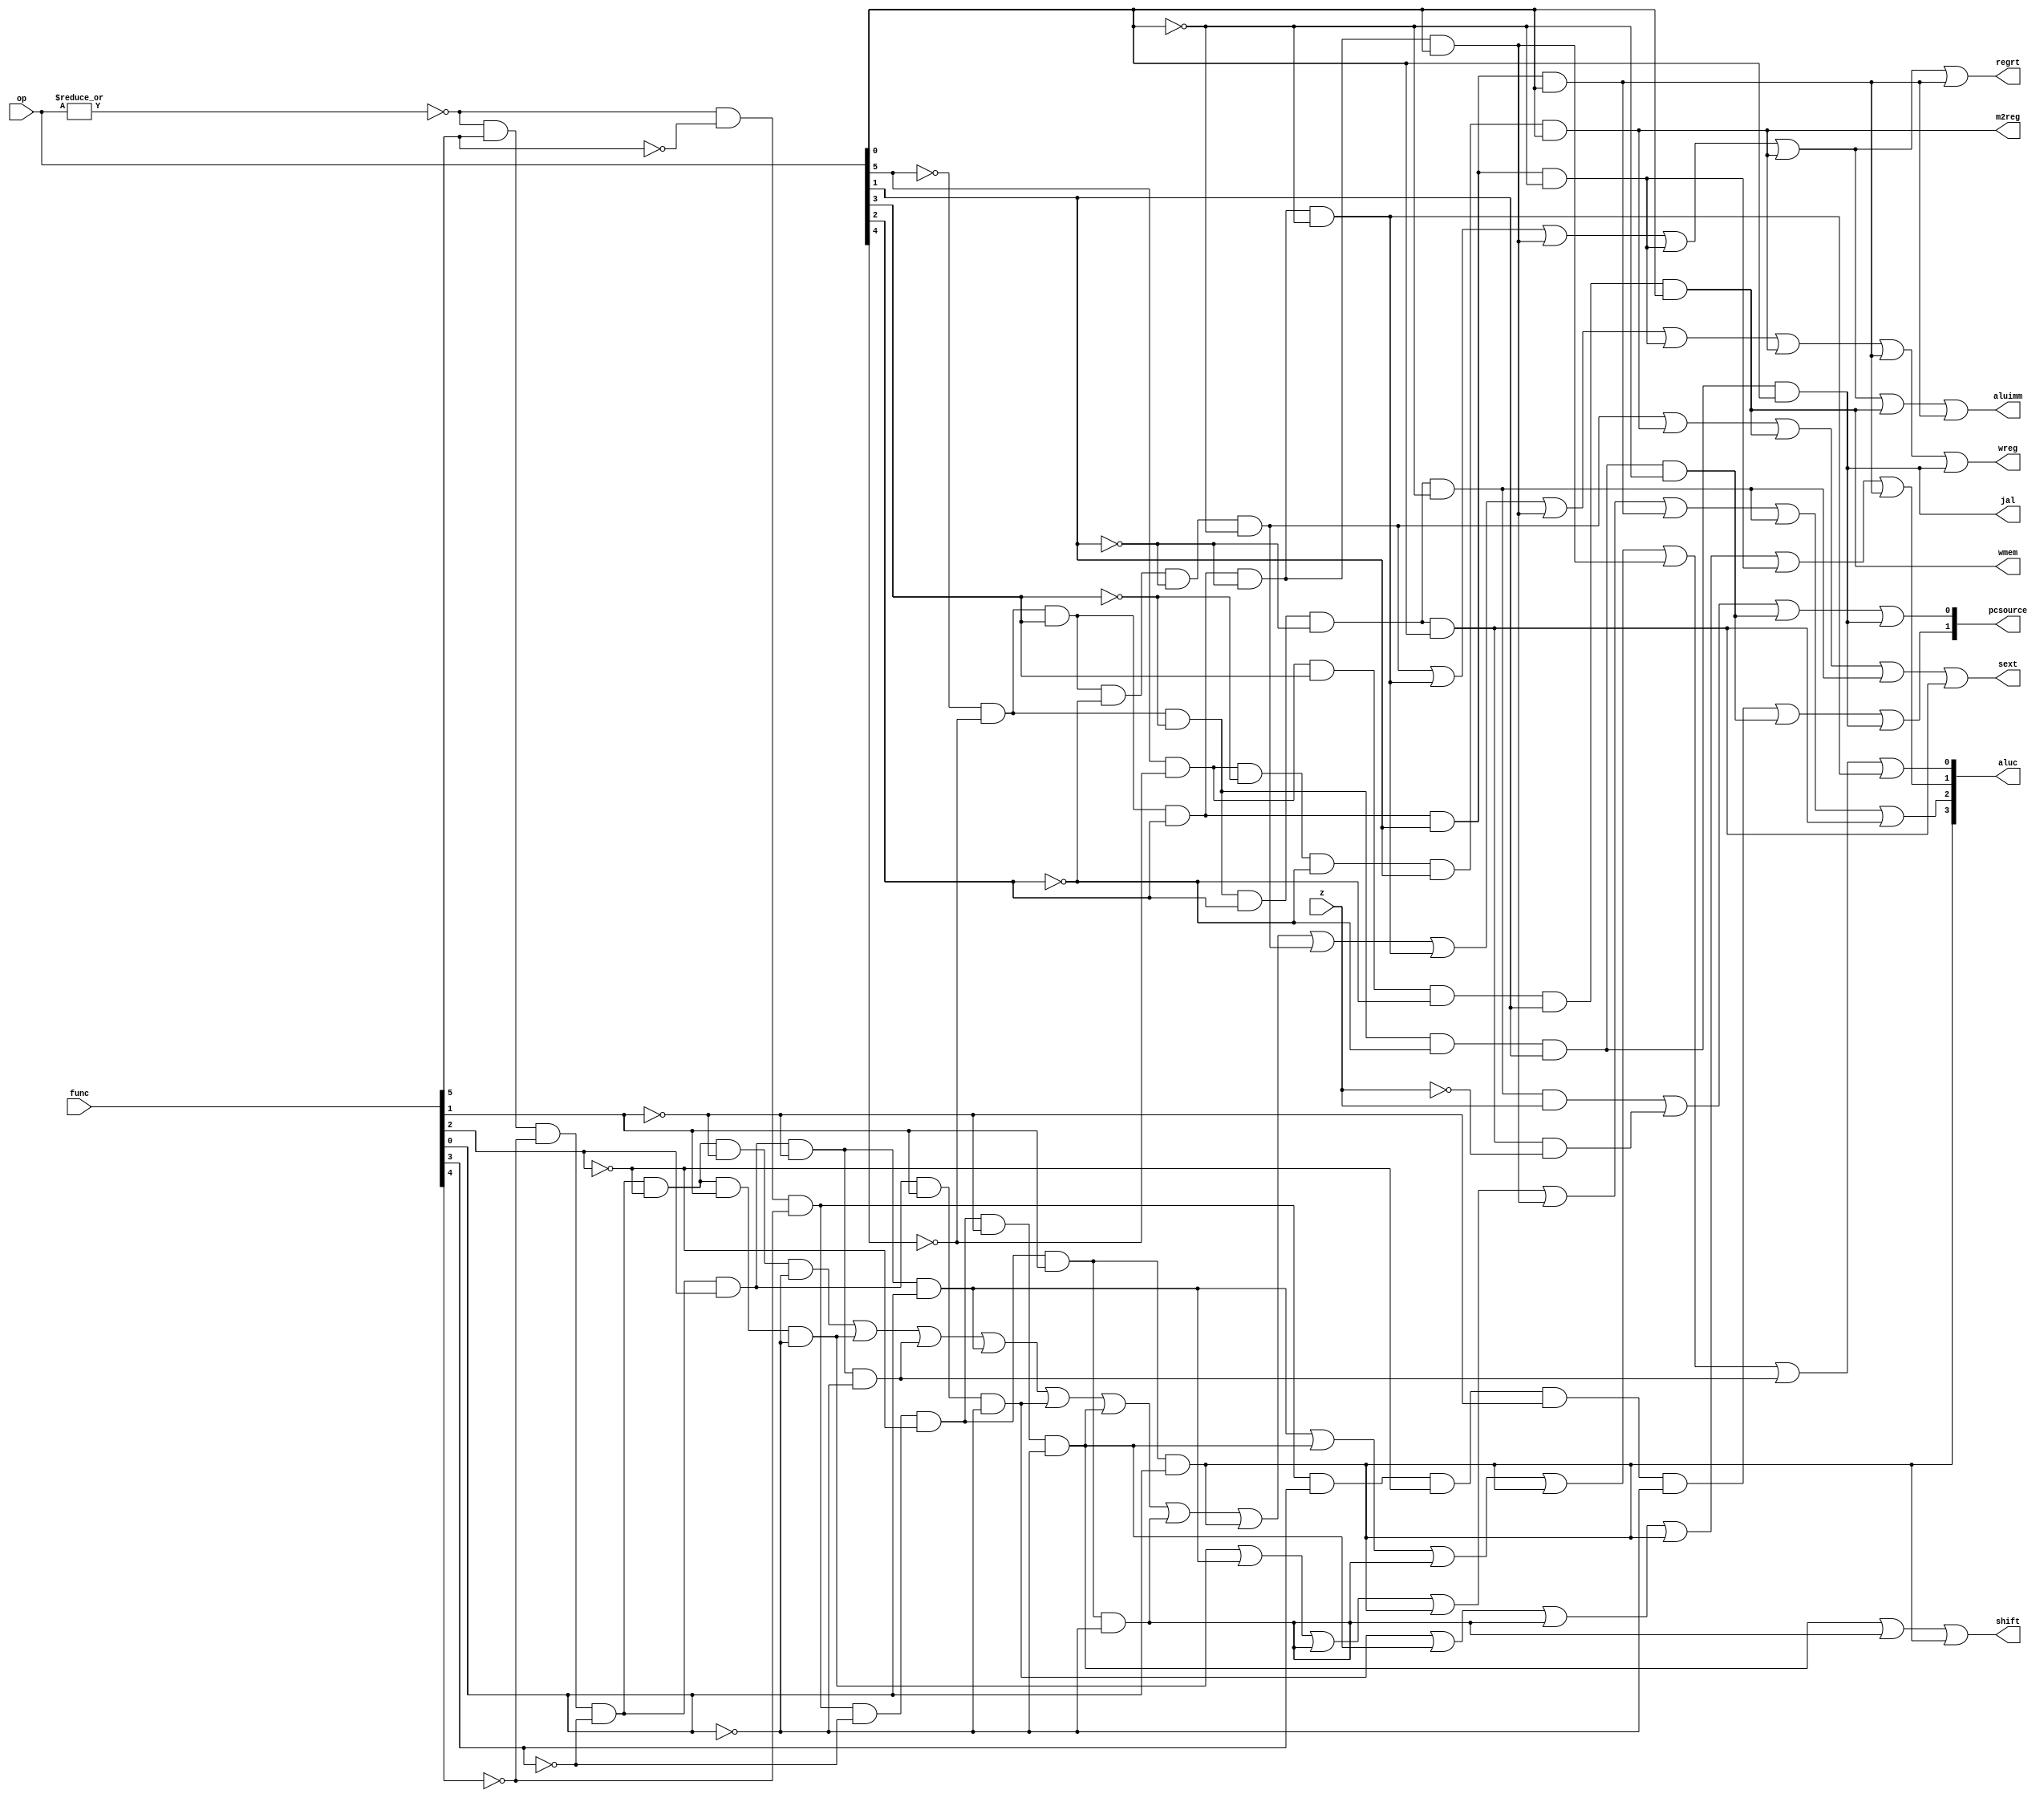
module sc_cu (op, func, z, wmem, wreg, regrt, m2reg, aluc, shift,
              aluimm, pcsource, jal, sext);
   input  [5:0] op,func;
   input        z;
   output       wreg,regrt,jal,m2reg,shift,aluimm,sext,wmem;
   output [3:0] aluc;
   output [1:0] pcsource;
   wire r_type = ~|op;
   wire i_add = r_type & func[5] & ~func[4] & ~func[3] &
                ~func[2] & ~func[1] & ~func[0];          //100000
   wire i_sub = r_type & func[5] & ~func[4] & ~func[3] &
                ~func[2] &  func[1] & ~func[0];          //100010
      
   //  please complete the deleted code.
   wire i_and = r_type &  func[5] & ~func[4] & ~func[3] &  func[2] & ~func[1] & ~func[0];          //100100
   wire i_or  = r_type &  func[5] & ~func[4] & ~func[3] &  func[2] & ~func[1] &  func[0];          //100101
   
   wire i_xor = r_type &  func[5] & ~func[4] & ~func[3] &  func[2] &  func[1] & ~func[0];          //100110
   wire i_sll = r_type & ~func[5] & ~func[4] & ~func[3] & ~func[2] & ~func[1] & ~func[0];          //000000
   wire i_srl = r_type & ~func[5] & ~func[4] & ~func[3] & ~func[2] &  func[1] & ~func[0];          //000010
   wire i_sra = r_type & ~func[5] & ~func[4] & ~func[3] & ~func[2] &  func[1] &  func[0];          //000011
   wire i_jr  = r_type & ~func[5] & ~func[4] &  func[3] & ~func[2] & ~func[1] & ~func[0];          //001000
                
   wire i_addi = ~op[5] & ~op[4] &  op[3] & ~op[2] & ~op[1] & ~op[0]; //001000
   wire i_andi = ~op[5] & ~op[4] &  op[3] &  op[2] & ~op[1] & ~op[0]; //001100
   
   wire i_ori  = ~op[5] & ~op[4] &  op[3] &  op[2] & ~op[1] &  op[0]; //001101
   wire i_xori = ~op[5] & ~op[4] &  op[3] &  op[2] &  op[1] & ~op[0]; //001110
   wire i_lw   =  op[5] & ~op[4] & ~op[3] & ~op[2] &  op[1] &  op[0]; //100011
   wire i_sw   =  op[5] & ~op[4] &  op[3] & ~op[2] &  op[1] &  op[0]; //101011
   wire i_beq  = ~op[5] & ~op[4] & ~op[3] &  op[2] & ~op[1] & ~op[0]; //000100
   wire i_bne  = ~op[5] & ~op[4] & ~op[3] &  op[2] & ~op[1] &  op[0]; //000101
   wire i_lui  = ~op[5] & ~op[4] &  op[3] &  op[2] &  op[1] &  op[0]; //001111
   wire i_j    = ~op[5] & ~op[4] & ~op[3] & ~op[2] &  op[1] & ~op[0]; //000010
   wire i_jal  = ~op[5] & ~op[4] & ~op[3] & ~op[2] &  op[1] &  op[0]; //000011
   
   assign pcsource[1] = i_jr | i_j | i_jal;
   assign pcsource[0] = ( i_beq & z ) | (i_bne & ~z) | i_j | i_jal ;
   
   // except j jr sw beq bne
   assign wreg = i_add | i_sub | i_and | i_or   | i_xor  |
                 i_sll | i_srl | i_sra | i_addi | i_andi |
                 i_ori | i_xori | i_lw | i_lui  | i_jal;
    
   // aluc decide one of 9 operations(alu.v)
   assign aluc[3] = i_sra;
   assign aluc[2] = i_sub | i_or | i_srl | i_sra | i_ori | i_lui | i_beq | i_bne;
   assign aluc[1] = i_xor | i_sll | i_srl | i_sra | i_xori | i_lui;
   assign aluc[0] = i_or | i_sll | i_srl | i_sra | i_ori | i_and | i_andi;
   assign shift   = i_sll | i_srl | i_sra ;

   assign aluimm  = i_addi | i_andi | i_ori | i_xori | i_lw | i_sw | i_lui;
   assign sext    = i_addi | i_lw | i_sw | i_beq | i_bne;
   assign wmem    = i_sw;
   assign m2reg   = i_lw;
   assign regrt   = i_addi | i_andi | i_ori | i_xori | i_lw | i_lui;
   assign jal     = i_jal;

endmodule